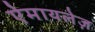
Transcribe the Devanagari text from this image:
ऐमायलेज़